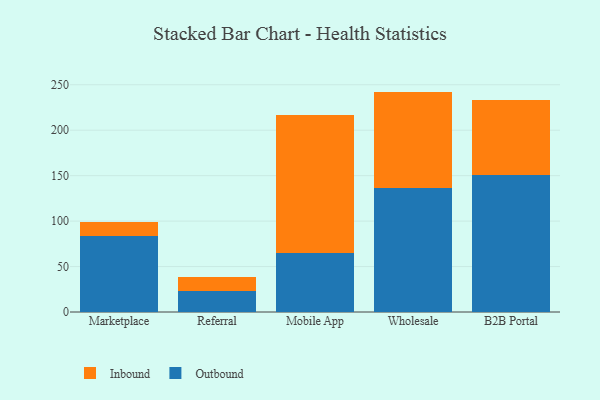
{"axis": {"x": "Channel", "y": "Churn Rate (%)"}, "legend": ["Inbound", "Outbound"], "data": [{"x": "Marketplace", "y": 83.2, "type": "Outbound"}, {"x": "Marketplace", "y": 15.6, "type": "Inbound"}, {"x": "Referral", "y": 22.7, "type": "Outbound"}, {"x": "Referral", "y": 15.3, "type": "Inbound"}, {"x": "Mobile App", "y": 65.1, "type": "Outbound"}, {"x": "Mobile App", "y": 151.2, "type": "Inbound"}, {"x": "Wholesale", "y": 136.3, "type": "Outbound"}, {"x": "Wholesale", "y": 106.2, "type": "Inbound"}, {"x": "B2B Portal", "y": 150.8, "type": "Outbound"}, {"x": "B2B Portal", "y": 82.0, "type": "Inbound"}]}